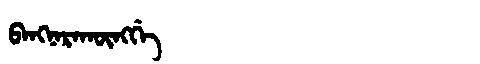
Manchu: ᠪᠠᠩᠨᠠᡵᠠᡴᡡᠩᡤᡝ
Romanization: BANGNARAKŪNGGE